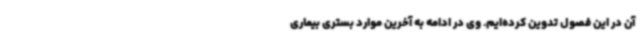
آن در این فصول تدوین کرده‌ایم. وی در ادامه به آخرین موارد بستری بیماری